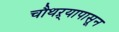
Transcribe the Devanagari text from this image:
चौथऱ्यापासून